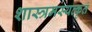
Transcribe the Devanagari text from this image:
शास्त्रमस्यत्कृतं